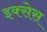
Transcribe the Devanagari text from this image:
इक्सेस